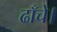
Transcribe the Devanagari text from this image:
ढाँचे।